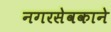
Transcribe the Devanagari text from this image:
नगरसेवकाने